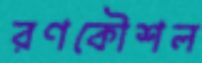
রণকৌশল